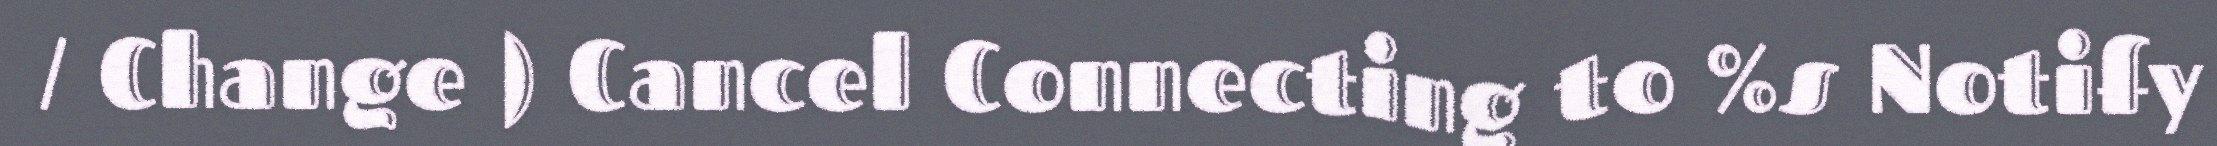
/ Change ) Cancel Connecting to %s Notify